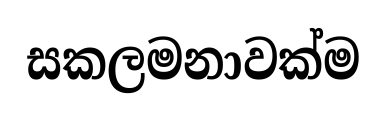
සකලමනාවක්ම